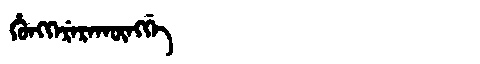
Manchu: ᡥᡠᠩᡴᡝᡵᡝᡵᠠᡴᡡᠩᡤᡝ
Romanization: HUNGKERERAKŪNGGE